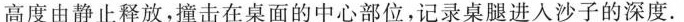
高度由静止释放，撞击在桌面的中心部位，记录桌腿进入沙子的深度.